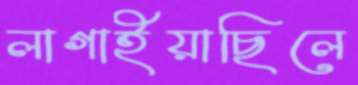
লাগাইয়াছিলে